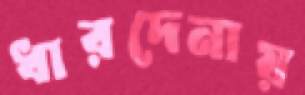
ধারদেনায়